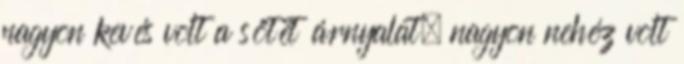
nagyon kevés volt a sötét árnyalat, nagyon nehéz volt